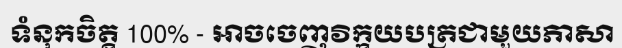
ទំនុកចិត្ត 100% - អាចចេញវិក្កយបត្រជាមួយភាសា